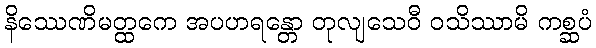
နိဿေဏိမတ္ထကေ အပဟရန္တော တုလျသေဝီ ဝသိဿာမိ ကစ္ဆပံ